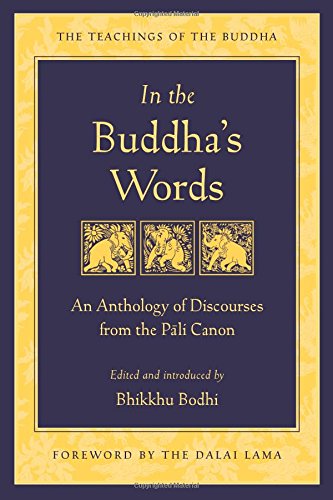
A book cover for In the Buddha's Words: An Anthology of Discourses from the Pali Canon (Teachings of the Buddha); Bhikkhu Bodhi; Literature & Fiction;